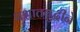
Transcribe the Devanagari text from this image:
पश्चातबुद्धीने